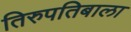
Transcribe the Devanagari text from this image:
तिरुपतिबाला